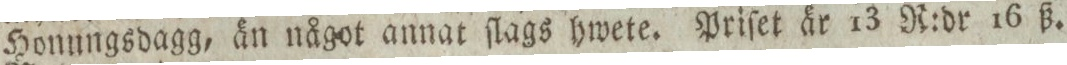
Honungsdagg, än något annat ſlags hwete. Priſet är 13 R:dr 16 ß.